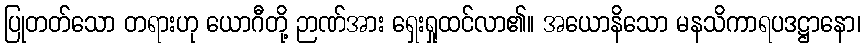
ပြုတတ်သော တရားဟု ယောဂီတို့ ဉာဏ်အား ရှေးရှုထင်လာ၏။ အယောနိသော မနသိကာရပဒဋ္ဌာနော၊